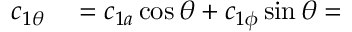
\begin{array} { r l } { c _ { 1 \theta } } & { { } = c _ { 1 a } \cos \theta + c _ { 1 \phi } \sin \theta = } \end{array}